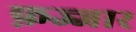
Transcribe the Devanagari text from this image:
फ़ज्जार